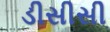
ડીસીસી